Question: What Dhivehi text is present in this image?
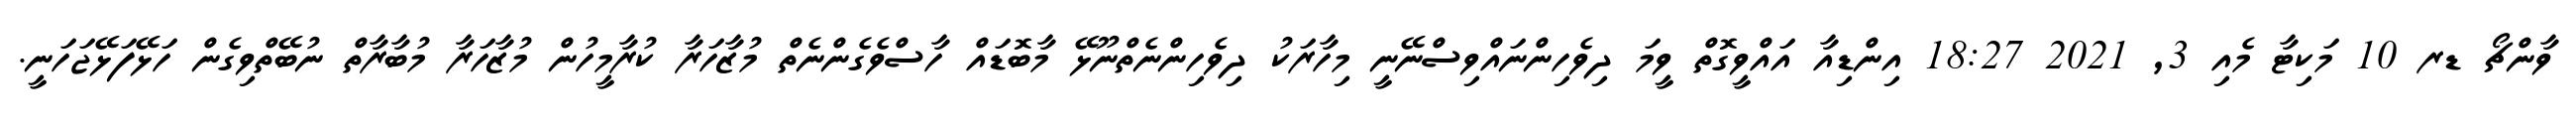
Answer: ވާންޗޯ ޑރ 10 މަކިޓާ މެއި 3, 2021 18:27 އިންޑިއާ އައްވީގޮތް ވީމަ ދިވެހިންނައްވިސްނޭނީ މިހާރަކު ދިވެހިންނެތްނޫޅޭ މާބޮޑައް ހާސްވެގެންނެތް މުޒާހަރާ ކުރާމީހުން މުޒާހަރާ މުބާރާތް ނުބޭތްވިގެން ހަޅޭފަޅޭޖަހަނީ.